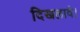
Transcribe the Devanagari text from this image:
दिखलावे।